Report on vaccination North-West Frontier Province 1904-1922 - 1904-1922
Year: 1904
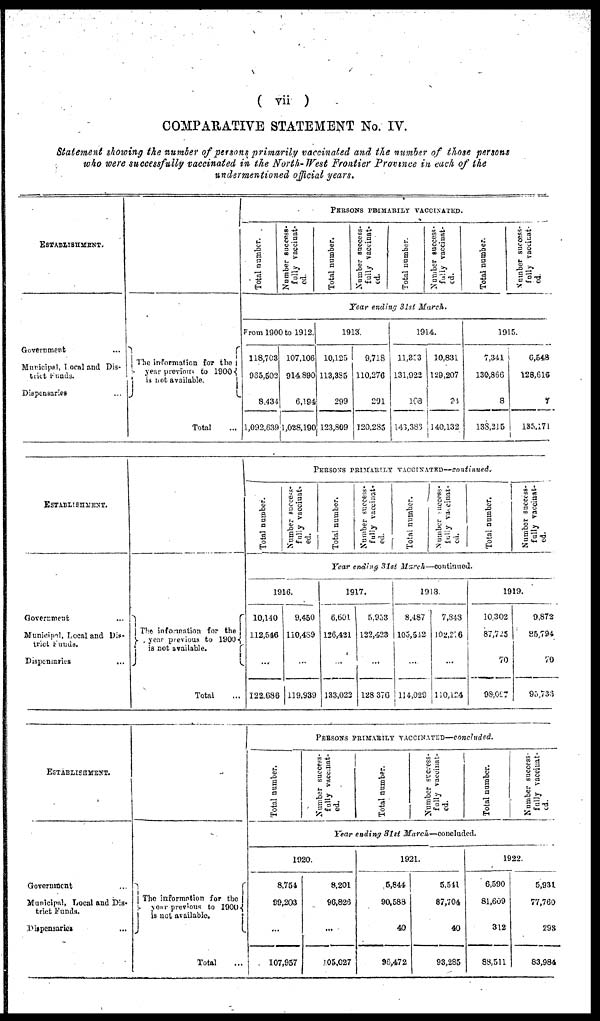
( vii )
COMPARATIVE STATEMENT No. IV.
Statement showing the number of persons primarily vaccinated and the number of those persons
who were successfully vaccinated in the North-West Frontier Province in each of the
undermentioned official years.
ESTABLISHMENT.
Government ...
Municipal, Local and Dis-
trict Funds.
Dispensaries ...
The information for the
year previous to 1900
is not available.
Total ...
PERSONS PRIMARILY VACCINATED.
Total number.
Number success-
fully vaccinat-
ed.
Total number.
Number success-
fully vaccinat-
ed.
Total number.
Number success-
fully vaccinat-
ed.
Total number.
Number success-
fully vaccinat-
ed.
Year ending 31st March.
From 1900 to 1912.
118,703
965,502
8,434
1,092,639
107,106
914,890
6,194
1,028,190
1913.
10,125
113,385
299
123,809
9,718
110,276
291
120,285
1914.
11,353
131,922
108
143,383
10,831
129,207
94
140,132
1915.
7,341
130,866
8
138,215
6,548
128,616
7
135,171
ESTABLISHMENT.
Government ...
Municipal, Local and Dis-
trict funds.
Dispensaries ...
The information for the
year previous to 1900
is not available.
Total ...
PERSONS PRIMARILY VACCINATED—continued.
Total number.
Number success-
fully vaccinat-
ed.
Total number.
Number success-
fully vaccinat-
ed.
Total number.
Number success-
fully vaccinat-
ed.
Total number.
Number success-
fully vaccinat-
ed.
Year ending 31st March—continued.
1916.
10,140
112,546
...
122,686
9,450
110,489
...
119,939
1917.
6,601
126,421
...
133,022
5,953
122,423
...
128,376
1918.
8,487
105,542
...
114,029
7,848
102,216
...
110,124
1919.
10,302
87,725
70
98,097
9,872
85,794
70
95,736
ESTABLISHMENT.
Government ...
Municipal, Local and Dis-
trict Funds.
Dispensaries ...
The information for the
year previous to 1900
is not available.
Total ...
PERSONS PRIMARILY VACCINATED—concluded.
Total number.
Number success-
fully vaccinat-
ed.
Total number.
Number success-
fully vaccinat-
ed.
Total number.
Number success-
fully vaccinat-
ed.
Year ending 31st March—concluded.
1920.
8,754
99,203
...
107,957
8,201
96,826
...
105,027
1921.
5,844
90,588
40
96,472
5,541
87,704
40
93,285
1922.
6,590
81,609
312
88,511
5,931
77,760
293
83,984